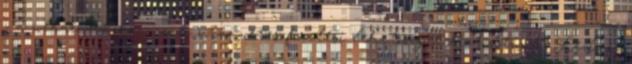
- a webáruházban csak utánvétes fizetési lehetőséget biztosítunk. Kedves